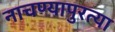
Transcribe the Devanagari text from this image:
नाचण्यापुरत्या